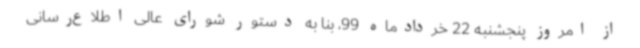
از امروز پنجشنبه 22 خردادماه 99، بنا به دستور شورای عالی اطلاع‌رسانی